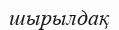
шырылдақ